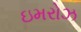
ઇમરોઝ